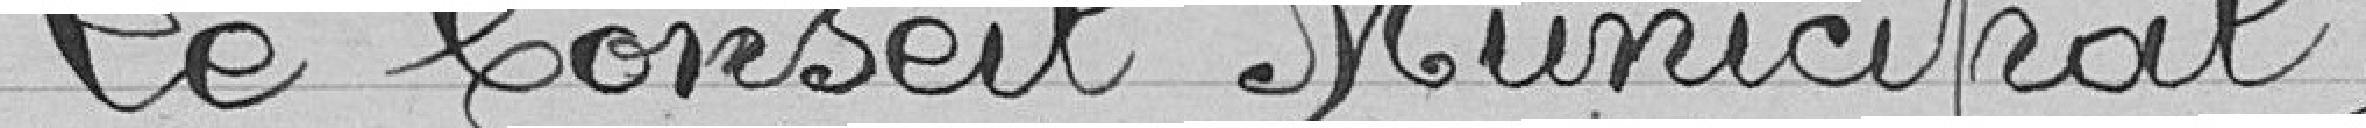
Le Conseil Municipal,